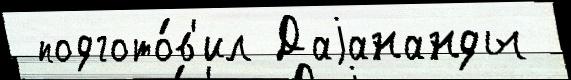
 подгото́в'ил Даjананды